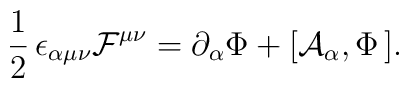
\frac{1}{2}\,\epsilon_{\alpha\mu\nu}{\cal F}^{\mu\nu}=\partial_\alpha\Phi+[{\cal A}_{\alpha},\Phi\,].